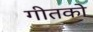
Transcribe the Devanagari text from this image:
गीतको